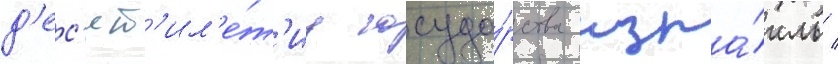
д'ес'ят'ил'е́т'иу госуда́рства изра́иль /